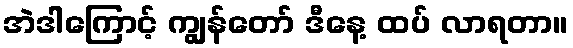
အဲဒါကြောင့် ကျွန်တော် ဒီနေ့ ထပ် လာရတာ။